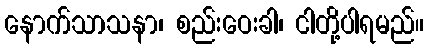
နောက်သာသနာ၊ စည်းဝေးခါ၊ ငါတို့ပါရမည်။